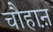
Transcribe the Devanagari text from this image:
चौहाऩ़